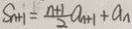
S _ { n + 1 } = \frac { n + 1 } { 2 } a _ { n + 1 } + a _ { n }